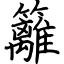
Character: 籬